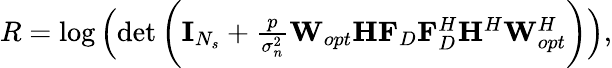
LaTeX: \begin{array}{r}{R=\log\left(\operatorname*{det}\bigg(\mathbf{I}_{N_{s}}+\frac{p}{\sigma_{n}^{2}}{{{{{\mathbf{W}}_{opt}}}}{\mathbf{H}}{\mathbf{F}_{D}}}{{{\mathbf{F}}_{D}^{H}}{{\mathbf{H}}^{H}}{{{\mathbf{W}}_{opt}^{H}}}}\bigg)\right),}\end{array}